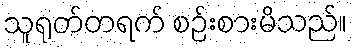
သူရုတ်တရက် စဉ်းစားမိသည်။